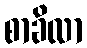
စာခိလာ